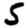
Digit: 5